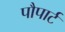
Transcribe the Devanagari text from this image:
पौपार्ट